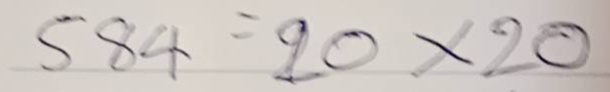
584 = 20x20